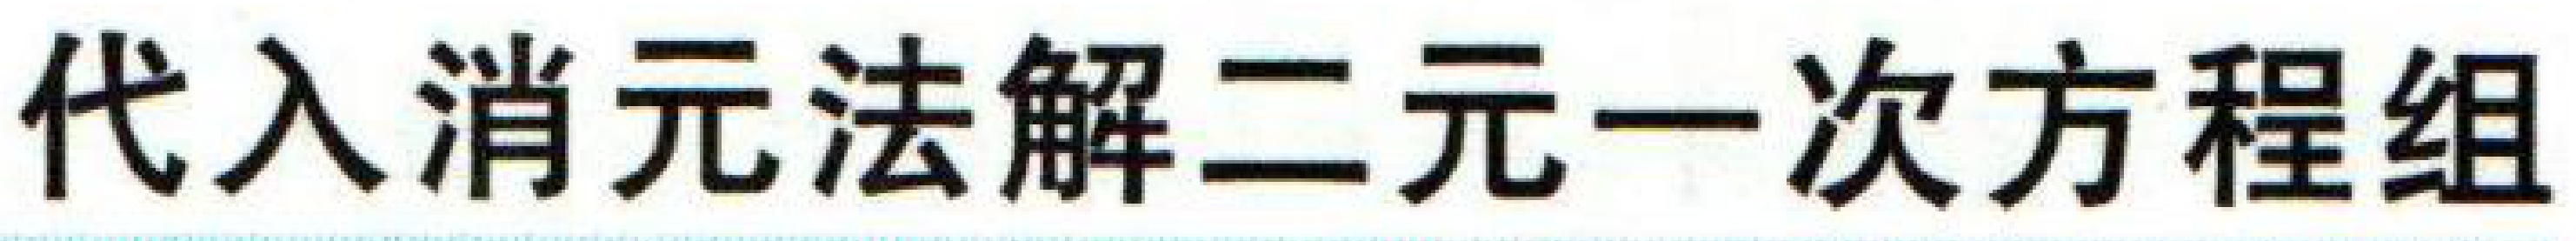
代入消元法解二元一次方程组